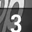
Digit: 3